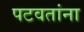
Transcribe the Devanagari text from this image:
पटवतांना